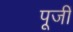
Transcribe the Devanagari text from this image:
पूजीं